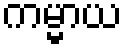
ကမ္မာယ